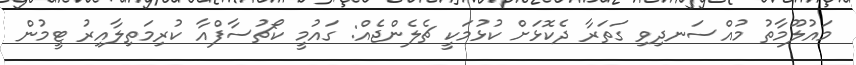
މައުލޫމާތު މުއްސަނދިވި ގަތަރާ ދެކޮޅަށް ކުޅުމަކީ ޗެލެންޖެއް: ގައުމީ ކޯޗުސާފްއާ ކުރިމަތިލާއިރު ޓީމުން